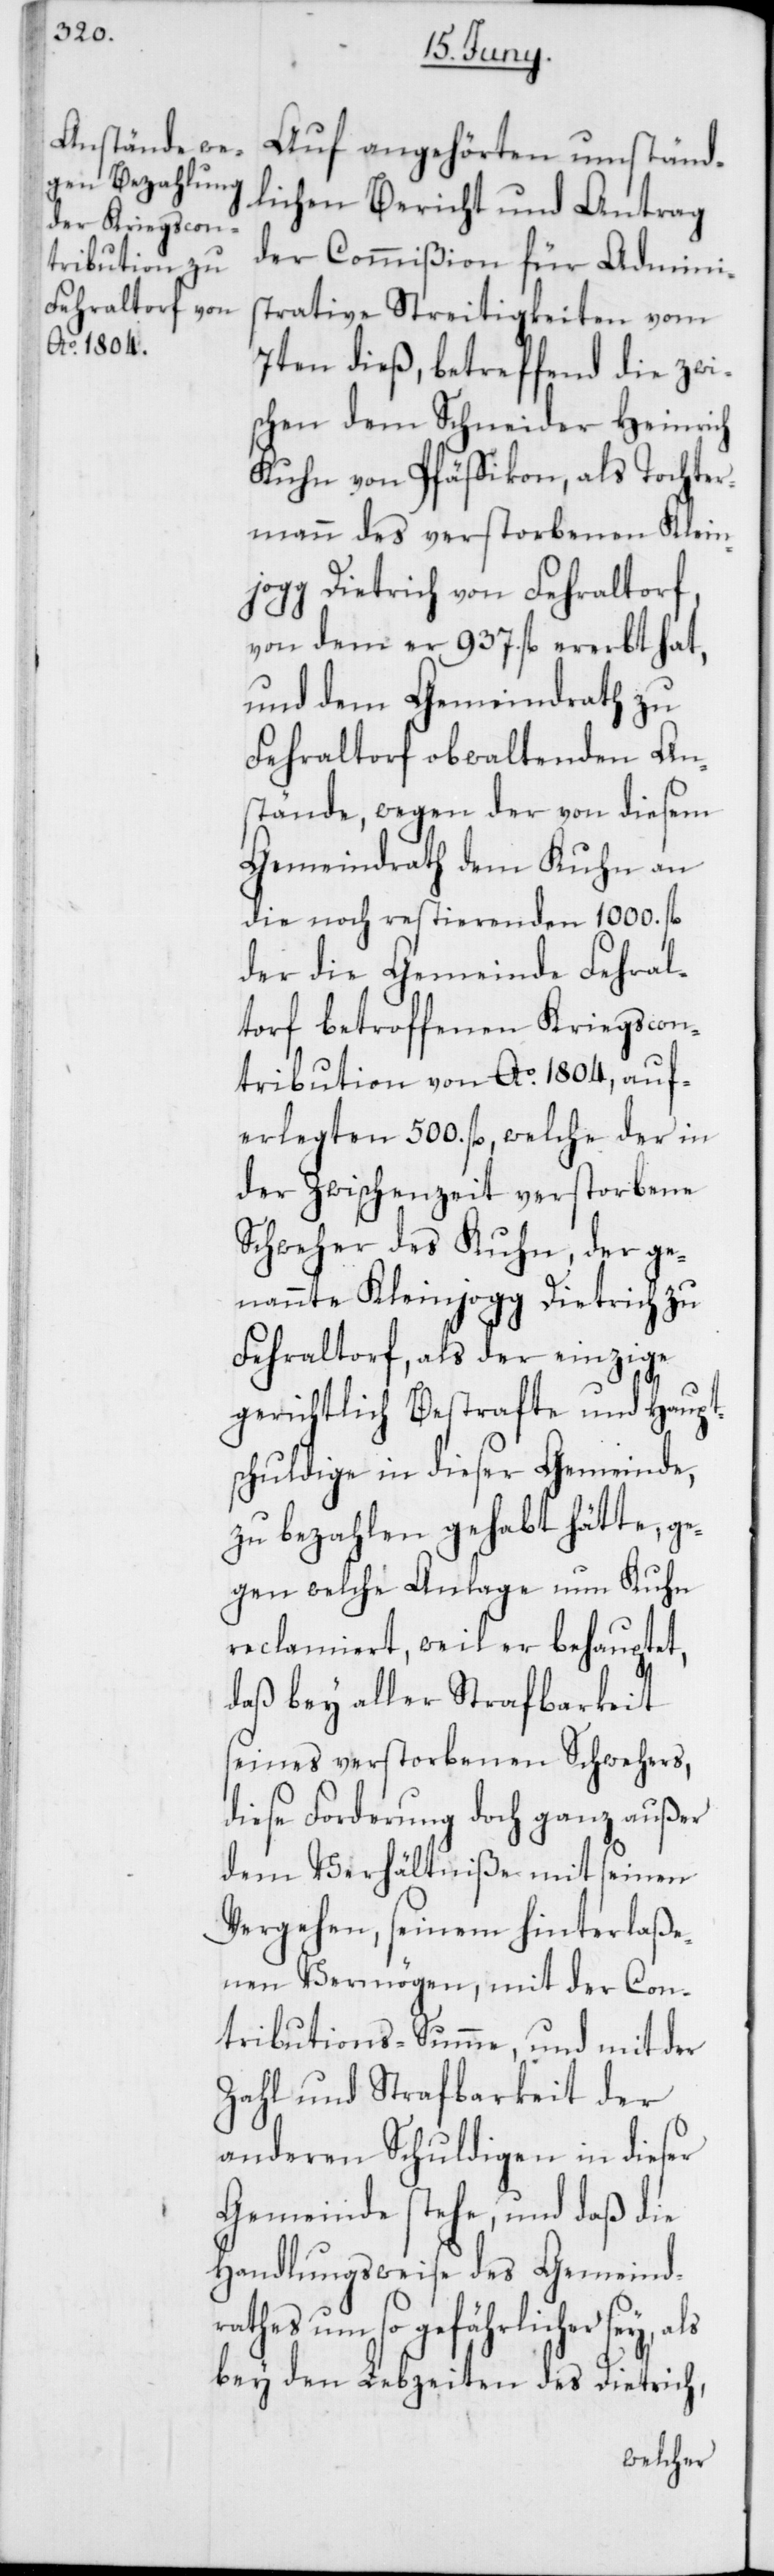
Auf angehörten umständ¬
lichen Bericht und Antrag
der Commißion für Adminis¬
trative Streitigkeiten vom
7ten dieß, betreffend die zwi¬
schen dem Schneider Heinrich
Kuhn von Pfäffikon, als Tochter¬
mann des verstorbenen Klein¬
jogg Dietrich von Fehraltorf,
von dem er 937. fl. ererbt hat,
und dem Gemeindrath zu
Fehraltorf obwaltenden An¬
stände, wegen der von diesem
Gemeindrath dem Kuhn an
die noch restierenden 1000. fl
der die Gemeinde Fehral¬
torf betroffenen Kriegscon¬
tribution von Ao. 1804, auf¬
erlegten 500. fl., welche der in
der Zwischenzeit verstorbene
Schweher des Kuhn, der ge¬
nannte Kleinjogg Dietrich zu
Fehraltorf, als der einzige
gerichtlich Bestrafte und Haupt¬
schuldige in dieser Gemeinde,
zu bezahlen gehabt hätte, g¬
egen welche Anlage nun Kuhn
reclamiert, weil er behauptet,
daß bey aller Strafbarkeit
seines verstorbenen Schwehers,
diese Forderung doch ganz außer
dem Verhältniße mit seinen
Vergehen, seinem hinterlaße¬
nen Vermögen, mit der Con¬
tributions-Summe, und mit der
Zahl und Strafbarkeit der
anderen Schuldigen in dieser
Gemeinde stehe, und daß die
Handlungsweise des Gemeindr¬
athes um so gefährlicher sey,
bey den Lebzeiten des Dietrich,